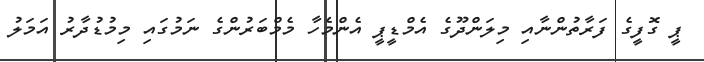
ޕީ ގޮފީގެ ފަރާތުންނާއި މިލަންދޫގެ އެމްޑީޕީ އެންމެހާ މެމްބަރުންގެ ނަމުގައި މިމުޑުދާރު އަމަލު